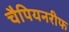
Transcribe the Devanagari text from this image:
चैपियनरीफ